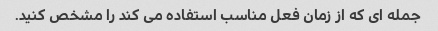
جمله ای که از زمان فعل مناسب استفاده می کند را مشخص کنید.